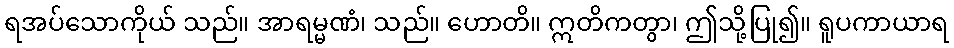
ရအပ်သောကိုယ် သည်။ အာရမ္မဏံ၊ သည်။ ဟောတိ။ ဣတိကတွာ၊ ဤသို့ပြု၍။ ရူပကာယာရ